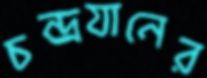
চন্দ্রযানের